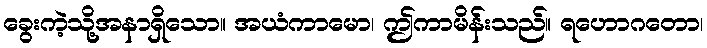
ခွေးကဲ့သို့အနာရှိသော။ အယံကာမော၊ ဤကာမိန်းသည်။ ရဟောဂတော၊